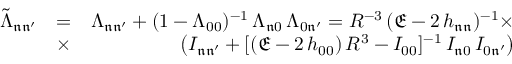
\begin{array} { r l r } { \tilde { \Lambda } _ { \mathfrak { n } \mathfrak { n ^ { \prime } } } } & { = } & { \Lambda _ { \mathfrak { n } \mathfrak { n ^ { \prime } } } + ( 1 - \Lambda _ { 0 0 } ) ^ { - 1 } \, \Lambda _ { \mathfrak { n } \mathfrak { 0 } } \, \Lambda _ { \mathfrak { 0 } \mathfrak { n ^ { \prime } } } = R ^ { - 3 } \, ( \mathfrak { E } - 2 \, h _ { \mathfrak { n } \mathfrak { n } } ) ^ { - 1 } \times } \\ & { \times } & { \, \big ( I _ { \mathfrak { n } \mathfrak { n ^ { \prime } } } + [ ( \mathfrak { E } - 2 \, h _ { 0 0 } ) \, R ^ { 3 } - I _ { 0 0 } ] ^ { - 1 } \, I _ { \mathfrak { n } 0 } \, I _ { 0 \mathfrak { n ^ { \prime } } } \big ) } \end{array}